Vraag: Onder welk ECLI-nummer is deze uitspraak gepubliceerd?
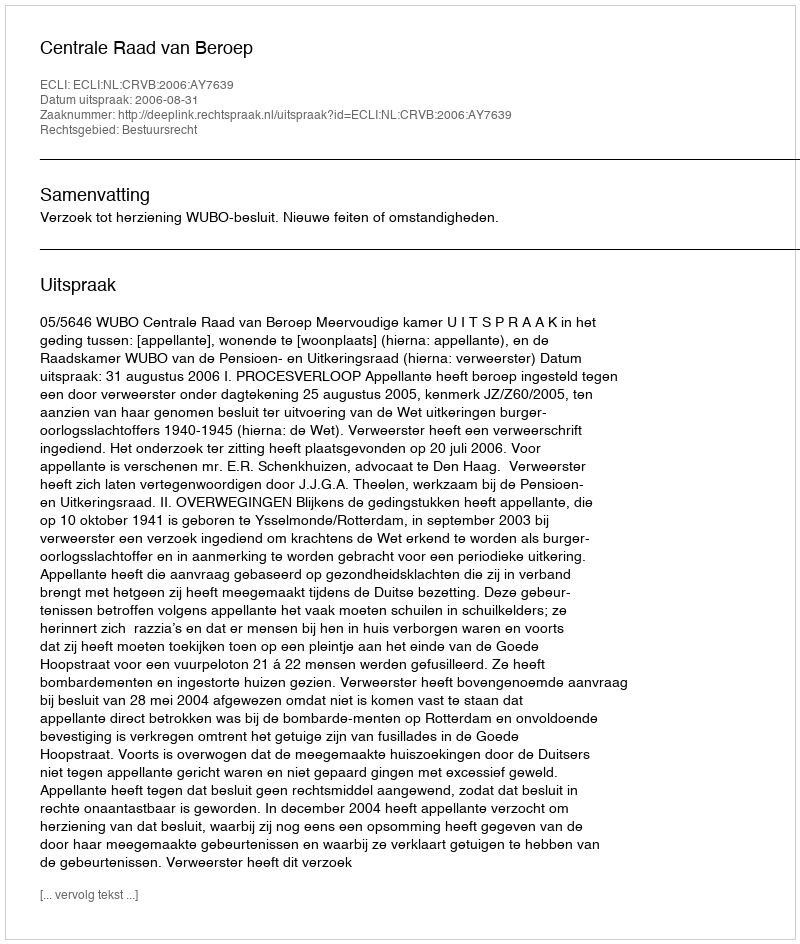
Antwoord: ECLI:NL:CRVB:2006:AY7639